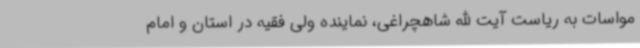
مواسات به ریاست آیت الله شاهچراغی، نماینده ولی فقیه در استان و امام